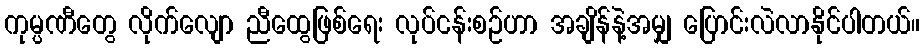
ကုမ္ပဏီတွေ လိုက်လျော ညီထွေဖြစ်ရေး လုပ်ငန်းစဉ်ဟာ အချိန်နဲ့အမျှ ပြောင်းလဲလာနိုင်ပါတယ်။